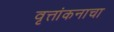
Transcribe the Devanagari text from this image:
वृत्तांकनाचा